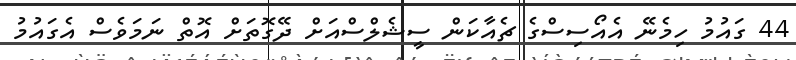
44 ގައުމު ހިމެނޭ އެއޯސިސްގެ ޗެއާކަން ސީޝެލްސްއަށް ދޭގޮތަށް އޮތް ނަމަވެސް އެގައުމު